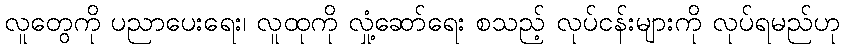
လူတွေကို ပညာပေးရေး၊ လူထုကို လှုံ့ဆော်ရေး စသည့် လုပ်ငန်းများကို လုပ်ရမည်ဟု